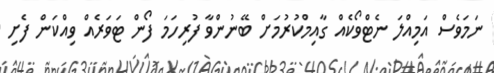
ނަމަވެސް އަމިއްލަ ނެޓްވޯކެއް ގާއިމްކުރުމަށް ބޭނުންވާ ފުރިހަމަ ފޯން ޓަވަރެއް ވިއްކަން ފެށި